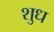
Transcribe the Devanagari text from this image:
शुध